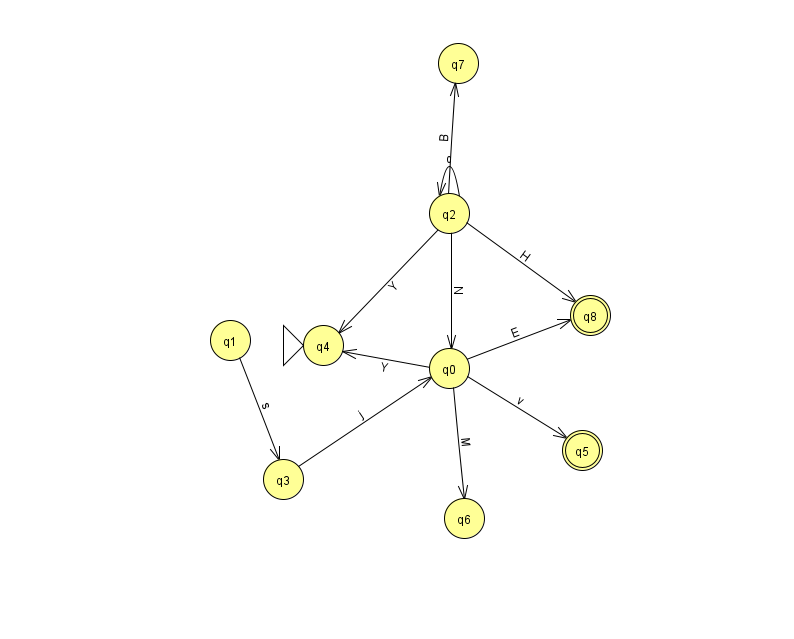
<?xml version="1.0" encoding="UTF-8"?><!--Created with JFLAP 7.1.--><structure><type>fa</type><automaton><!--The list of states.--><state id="0" name="q0"><x>449.0</x><y>355.0</y></state><state id="1" name="q1"><x>230.0</x><y>327.0</y></state><state id="2" name="q2"><x>449.0</x><y>200.0</y></state><state id="3" name="q3"><x>283.0</x><y>466.0</y></state><state id="4" name="q4"><x>323.0</x><y>332.0</y><initial/></state><state id="5" name="q5"><x>582.0</x><y>437.0</y><final/></state><state id="6" name="q6"><x>464.0</x><y>505.0</y></state><state id="7" name="q7"><x>458.0</x><y>50.0</y></state><state id="8" name="q8"><x>590.0</x><y>302.0</y><final/></state><!--The list of transitions.--><transition><from>2</from><to>2</to><read>c</read></transition><transition><from>0</from><to>8</to><read>E</read></transition><transition><from>1</from><to>3</to><read>s</read></transition><transition><from>2</from><to>4</to><read>Y</read></transition><transition><from>3</from><to>0</to><read>j</read></transition><transition><from>2</from><to>7</to><read>B</read></transition><transition><from>2</from><to>0</to><read>N</read></transition><transition><from>0</from><to>6</to><read>M</read></transition><transition><from>0</from><to>4</to><read>Y</read></transition><transition><from>2</from><to>8</to><read>H</read></transition><transition><from>0</from><to>5</to><read>v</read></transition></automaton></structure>